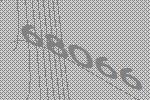
68066